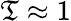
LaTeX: \mathfrak{T}\approx1